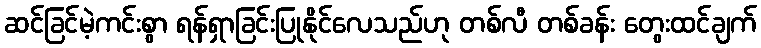
ဆင်ခြင်မဲ့ကင်းစွာ ရန်ရှာခြင်းပြုနိုင်လေသည်ဟု တစ်လီ တစ်ခန်း တွေးထင်ချက်